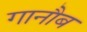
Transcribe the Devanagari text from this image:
गानौब